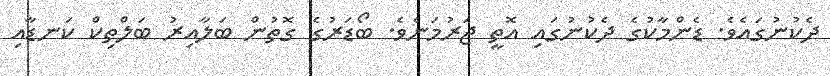
ދެކުނުގައެވެ. ޑެންމާކުގެ ދެކުނުގައި އޮތީ ޖަރުމަނެވެ. ބޯޑަރުގެ ގޮތުން ބަލާއިރު ބަލްތިކް ކަނޑާއި